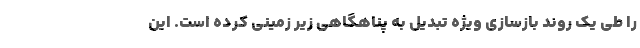
را طی یک روند بازسازی ویژه تبدیل به پناهگاهی زیر زمینی کرده است. این